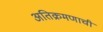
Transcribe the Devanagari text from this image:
अतिक्रमणाची